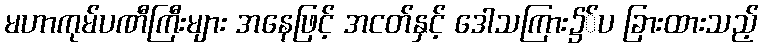
မဟာကုမ်ပဏီကြီးများ အနေဖြင့် အငတ်နှင့် ဒေါသကြား၌်ပ ခြားထားသည့်